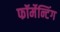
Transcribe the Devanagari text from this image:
फॉर्मेन्टिंग